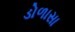
ડોળાસા